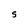
Character: S